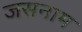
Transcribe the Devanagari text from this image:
जसनाम